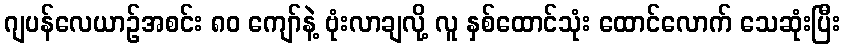
ဂျပန်လေယာဉ်အစင်း ၈၀ ကျော်နဲ့ ဗုံးလာချလို့ လူ နှစ်ထောင်သုံး ထောင်လောက် သေဆုံးပြီး